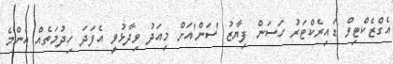
އެގްޒެކްޓިވް ޑައިރެކްޓަރު ހަސަން ފިޔާޒު 'ސަން'އަށް މިއަދު ވިދާޅުވީ އެފަދަ ހިދުމަތެއް އެންމެ